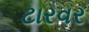
ટારવર